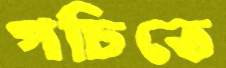
পচিতে